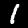
Digit: 1